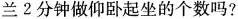
兰2分钟做仰卧起坐的个数吗?